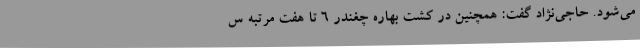
می‌شود. حاجی‌نژاد گفت: همچنین در کشت بهاره چغندر 6 تا هفت مرتبه س